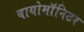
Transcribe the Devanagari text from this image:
बायोमाॅनिटर